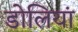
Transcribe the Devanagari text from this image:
डोलियां